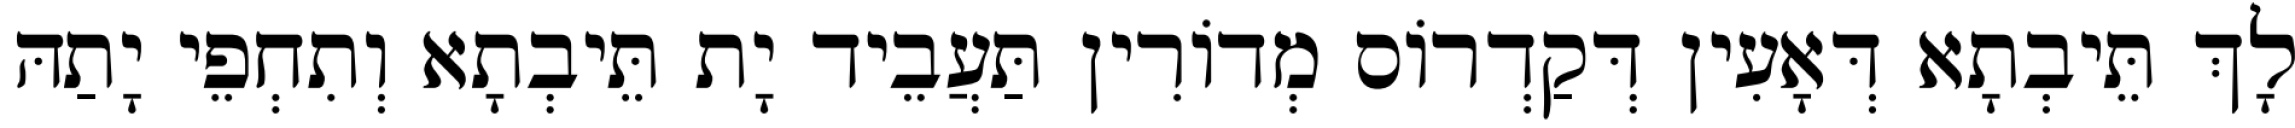
לָךְ תֵּיבְתָא דְּאָעִין דְּקַדְרוֹס מְדוֹרִין תַּעֲבֵיד יָת תֵּיבְתָא וְתִחְפֵי יָתַהּ